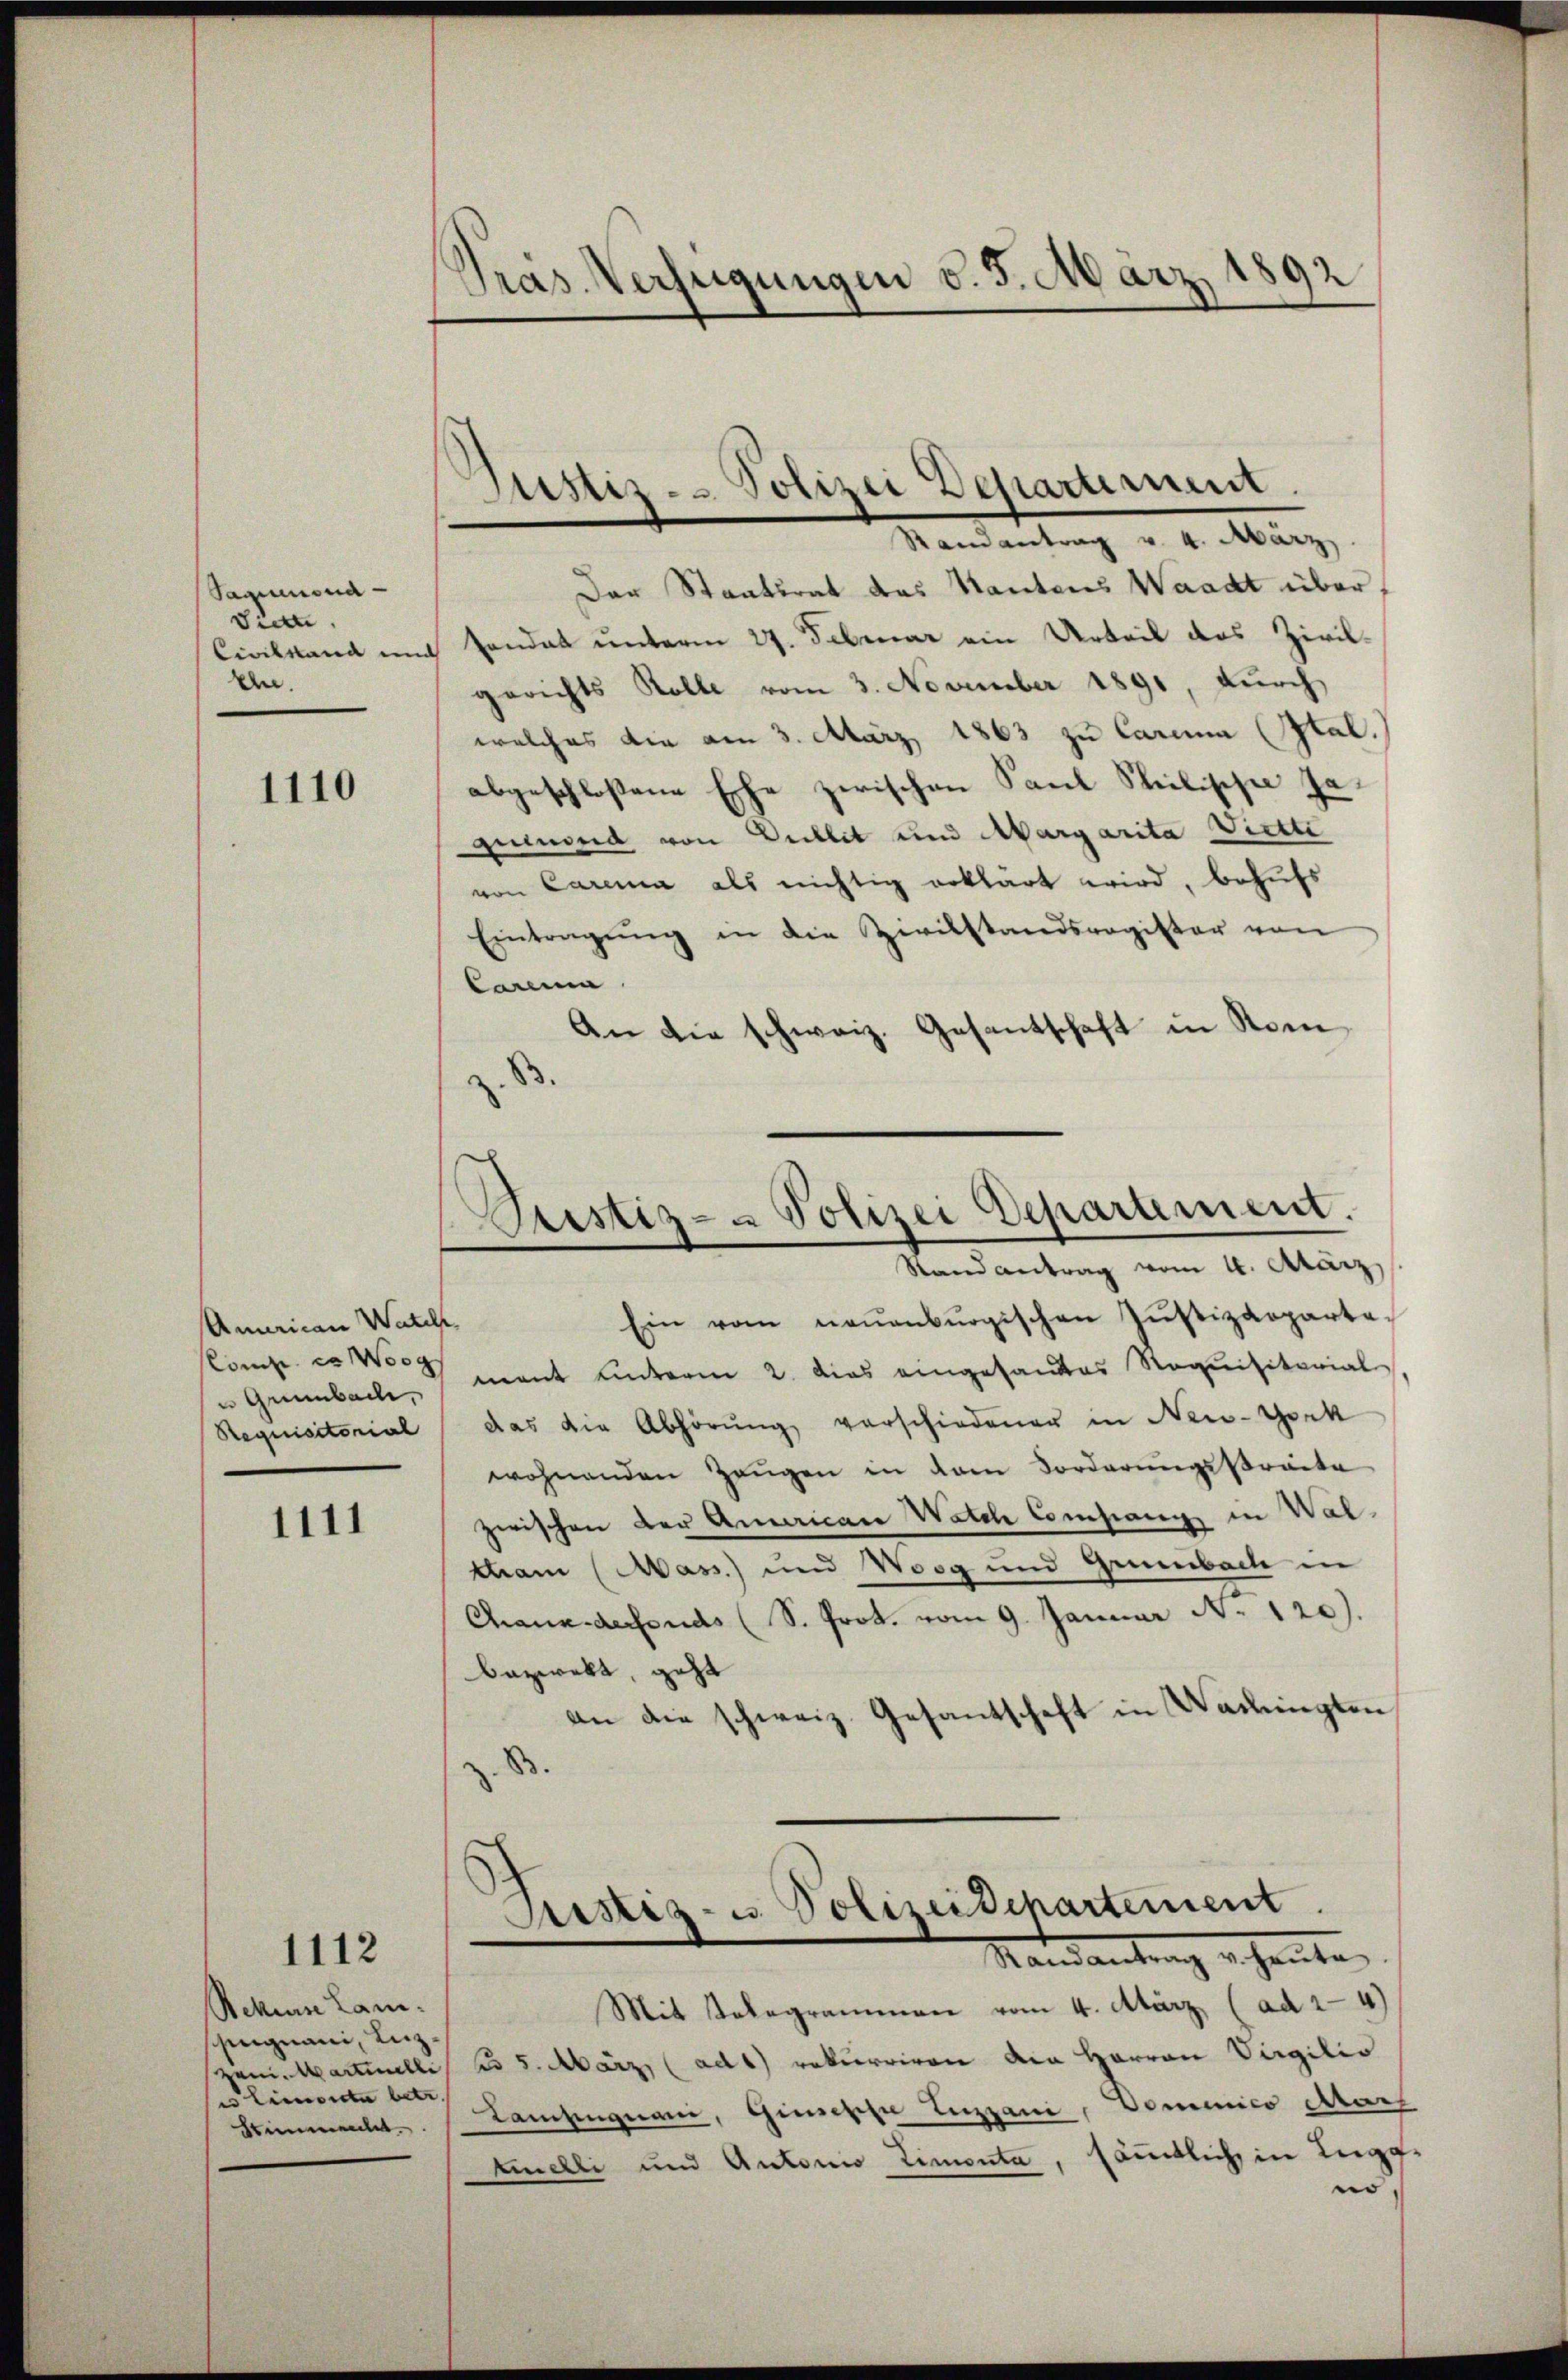
Saquond
dia.
eln.

1110

Anrican Watel,
omnes Weg
u Grünbach,
Requisitorial

1111

1112

Aekurse Lanshingnau, Luz
rem. Martinilli
es Limonte betr.
Stimmente.

Präs. Verfügungen v. 5. März 1892

Der Staatsrat des Kantons Waadt über,
Civilland und Handat unterm 27. Februar ein Urteil das Zivilgerichts Kolle vom 3. November 1890, durch
welches die am 3. März 1863 zu Carama (Ital.
abgeschloßene Ehe zerischen Paul Philippe zu
genmord von Seillit und Margarita Piette
von Carama als nichtig erklärt wird, behufs
Eintragŭng in die Zivilstandsregister von
kanme
An die schweiz. Gesantschaft in Rom
z. B.

Justiz - Polizei Departement
Randantrag v. 4. März

Prestiz- & Polizei Departement.
Stand antrag vom 4. März,

Ein vom neuenburgischen Jŭstizdepartemant unterm 2. Dies eingesandes Requisitarial
das die Abhörŭng verschiedener in New-York
wohnenden Zeŭgen in dem Forderungsstreite
zwischen der Amaicare Walch Company in Waltham Mass.) und Wosg und Grünbach in
Chaux-defonds (S. Prot. vom 9. Januar N. 120).
bezwekt, geht
an die schweiz. Gesantschaft in Wadingten
8

Austiz- u. Polizei Departement
Mandantrag erhaute

Mit Telegrammen vom 4. März (ad 24)
 5. März (ad1) rekurriren den Herren Virgilio
Lamsenquam, Chinische Enzzani, Domenico Mars
Ainelli und Antonio Limonta, sämtliche in Luggo,